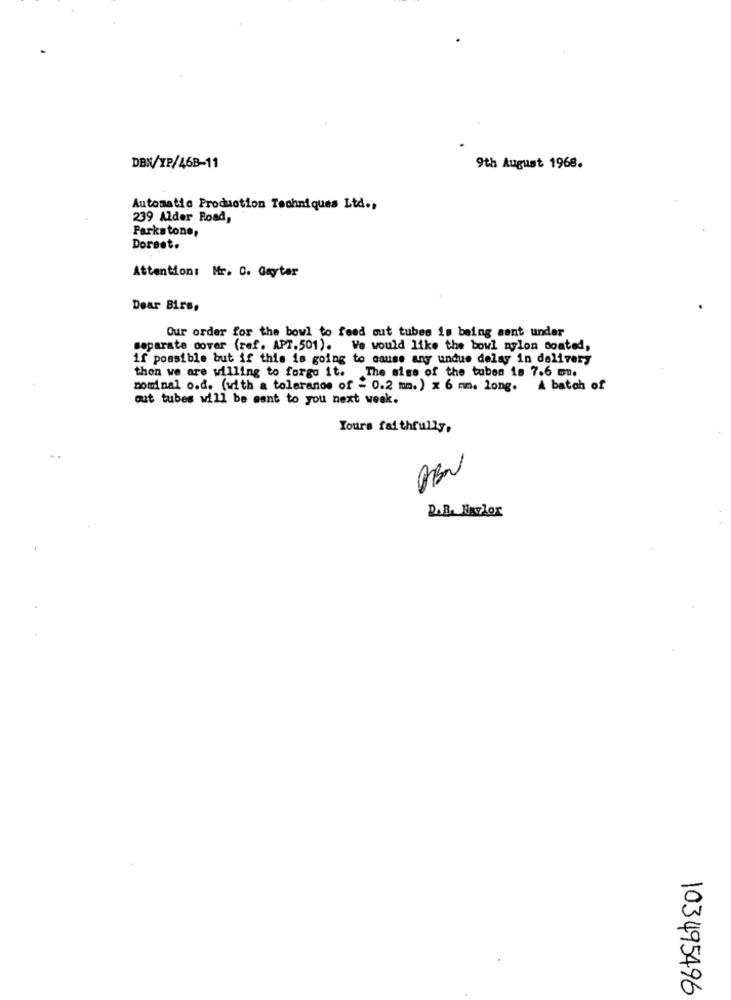
DBX/XP/468-11
9th August 1968.
Automatic Production Techniques Ltd .,
239 Alder Road,
Parkstone,
Dorset.
Attention: Mr. C. Gaytar
Dear Birs,
Our order for the bowl to feed out tubes is being sent under
separate cover (ref. APT.501). We would like the bowl nylon coated,
if possible but if this is going to cause and undue delay in delivery
then we are willing to forgo it. The sise of the tubes 18 7.6 mn.
nominal o.d. (with a toleranos of = 0.2 mm. ) x 6 mm. long. A batch of
out tubes will be want to you next week.
Yours faithfully,
PBN
DAR. Havlox
103495496